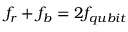
f _ { r } + f _ { b } = 2 f _ { q u b i t }